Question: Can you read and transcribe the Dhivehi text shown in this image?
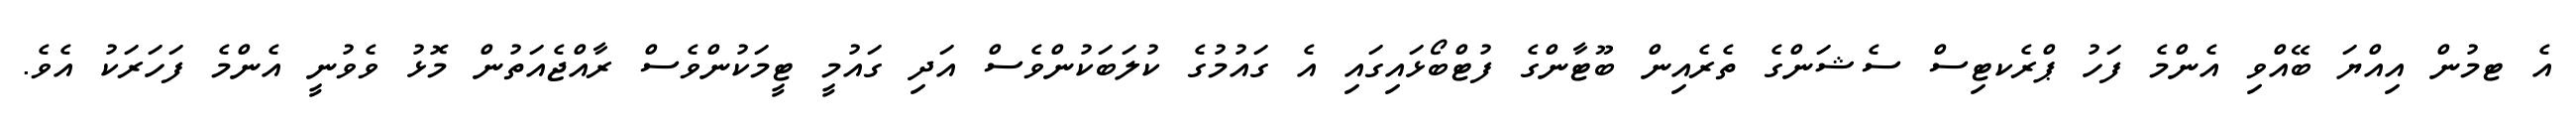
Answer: އެ ޓމުން އިއްޔަ ބޭއްވި އެންމެ ފަހު ޕްރެކޓިސް ސެޝަންގެ ތެރެއިން ބޫޓާންގެ ފުޓްބޯޅައިގައި އެ ގައުމުގެ ކުލަބަކުންވެސް އަދި ގައުމީ ޓީމަކުންވެސް ރާއްޖެއަތުން މޮޅު ވެވުނީ އެންމެ ފަހަރަކު އެވެ.